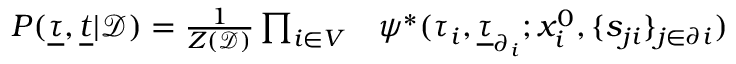
\begin{array} { r } { \begin{array} { r l } { P ( \underline { { \tau } } , \underline { { t } } | \mathcal { D } ) = \frac { 1 } { Z ( \mathcal { D } ) } \prod _ { i \in V } } & { { } \psi ^ { * } ( \tau _ { i } , \underline { { \tau } } _ { \partial _ { i } } ; x _ { i } ^ { 0 } , \{ s _ { j i } \} _ { j \in \partial i } ) } \end{array} } \end{array}